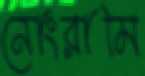
নোংরামি